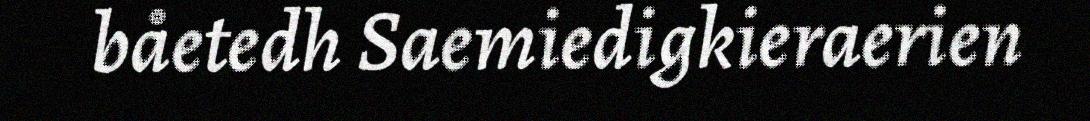
båetedh Saemiedigkieraerien